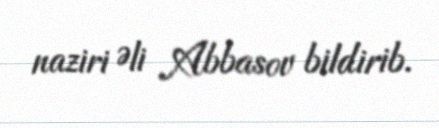
naziri Əli Abbasov bildirib.